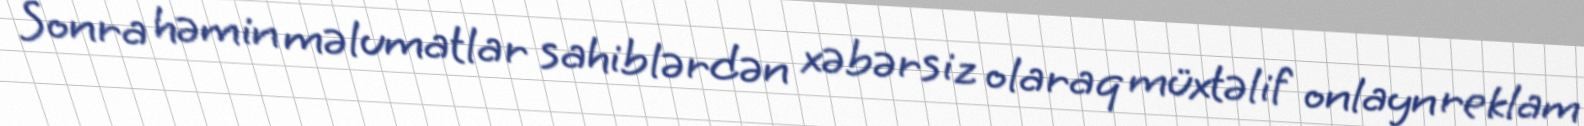
Sonra həmin məlumatlar sahiblərdən xəbərsiz olaraq müxtəlif onlayn reklam